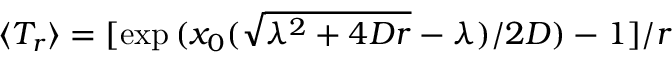
\langle T _ { r } \rangle = [ \exp { ( { x _ { 0 } ( \sqrt { \lambda ^ { 2 } + 4 D r } - \lambda ) / 2 D } } ) - 1 ] / r